Report of an investigation of the epidemic of malarial fever in Assam, or, kala-azar
Disease focus: Malaria
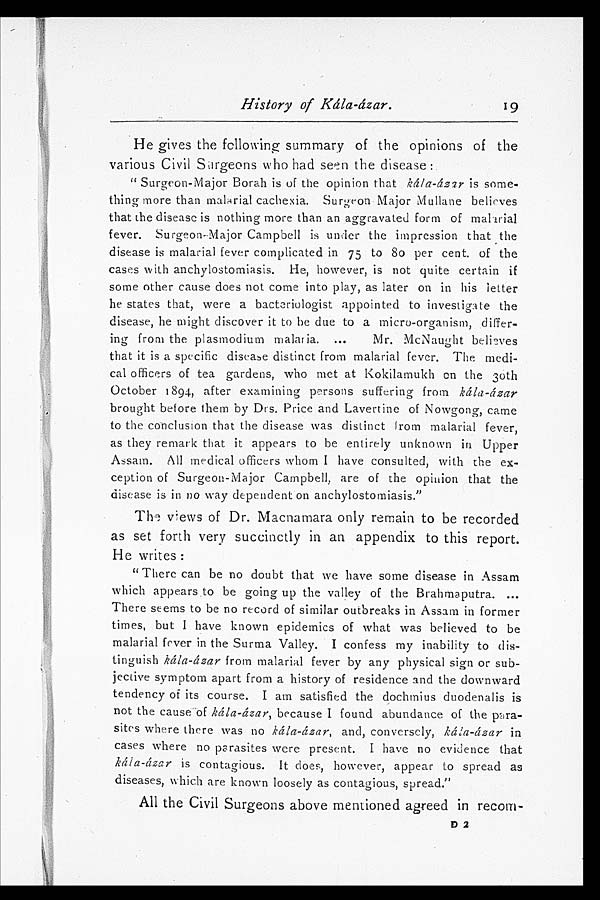
History of Kála-ázar.
He gives the following summary of the opinions of the
various Civil Surgeons who had seen the disease:
" Surgeon-Major Borah is of the opinion that kála-ázar is some-
.
thing more than malarial cachexia. Surgeon Major Mullane believes
that the disease is nothing more than an aggravated form of malarial
fever. Surgeon-Major Campbell is under the impression that the
disease is malarial fever complicated in 75 to 80 per cent. of the
cases with anchylostomiasis. He, however, is not quite certain if
some other cause does not come into play, as later on in his letter
he states that, were a bacteriologist appointed to investigate the
disease, he might discover it to he due to a micro-organism, differ-
ing from the plasmodium malaria. ... Mr. McNaught believes
that it is a specific disease distinct from malarial fever. The medi-
cal officers of tea gardens, who met at Kokilamukh on the 30th
October 1894, after examining persons suffering from kála-ázar
brought before them by Drs. Price and Lavertine of Nowgong, came
to the conclusion that the disease was distinct from malarial fever,
as they remark that it appears to be entirely unknown in Upper
Assam. All medical officers whom I have consulted, with the ex-
ception of Surgeon-Major Campbell, are of the opinion that the
disease is in no way dependent on anchylostomiasis."
T h e V i e w s o f D r . M a c n a m a r a o n l y r e m a i n t o b e r e c o r d e d
as set forth very succinctly in an appendix to this report.
He writes:
"There can be no doubt that we have some disease in Assam
which appears to be going up the valley of the Brahmaputra.
... There seems to be no record of similar outbreaks in Assam in former
times, but I have known epidemics of what was believed to be
malarial fever in the Surma Valley. I confess my inability to dis-
tinguish kála-ázar from malarial fever by any physical sign or sub-
jective symptom apart from a history of residence and the downward
tendency of its course. I am satisfied the dochmius duodenalis is
not the cause of kála-ázar, because I found abundance of the para-
sites where there was no kála-ázar, and, conversely, kála-ázar in
cases where no parasites were present. I have no evidence that
kála-ázar is contagious. It does, however, appear to spread as
diseases, which are known loosely as contagious, spread."
All the Civil Surgeons above mentioned agreed in recom-
19
D 2